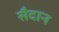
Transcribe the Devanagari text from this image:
सैदान